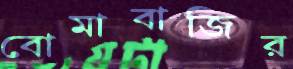
বোমাবাজির